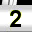
Digit: 2